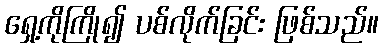
ရှေ့ကိုကြို၍ ပစ်လိုက်ခြင်း ဖြစ်သည်။